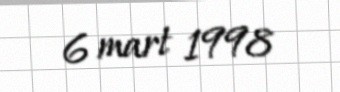
6 mart 1998